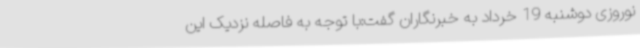
نوروزی دوشنبه 19 خرداد به خبرنگاران گفت:با توجه به فاصله نزدیک این